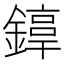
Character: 𨫚